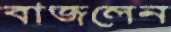
বাজলেন